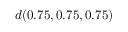
d ( 0 . 7 5 , 0 . 7 5 , 0 . 7 5 )